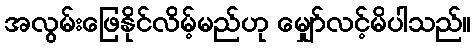
အလွမ်းဖြေနိုင်လိမ့်မည်ဟု မျှော်လင့်မိပါသည်။